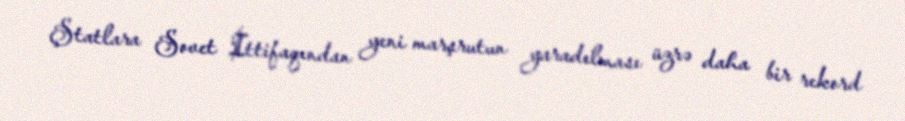
Ştatlara Sovet İttifaqından yeni marşrutun yaradılması üzrə daha bir rekord